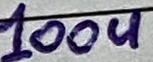
Text: 100u